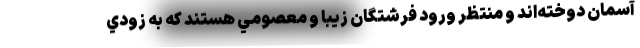
آسمان دوخته‌اند و منتظر ورود فرشتگان زيبا و معصومي هستند كه به زودي